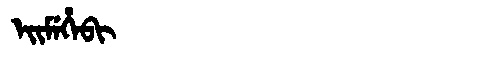
Manchu: ᡝᡳᠮᡝᡥᡝᠪᡳ
Romanization: EIMEHEBI